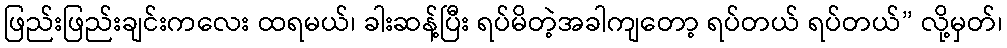
ဖြည်းဖြည်းချင်းကလေး ထရမယ်၊ ခါးဆန့်ပြီး ရပ်မိတဲ့အခါကျတော့ ရပ်တယ် ရပ်တယ်” လို့မှတ်၊